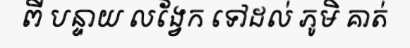
ពី បន្ទាយ លង្វែក ទៅដល់ ភូមិ គាត់